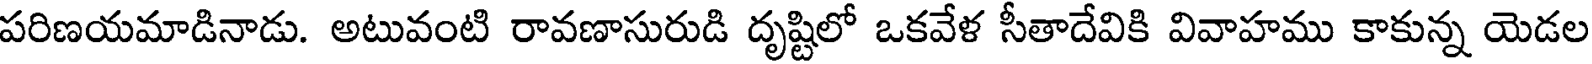
పరిణయమాడినాడు. అటువంటి రావణాసురుడి దృష్టిలో ఒకవేళ సీతాదేవికి వివాహము కాకున్న యెడల